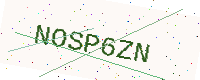
Text: NOSP6ZN